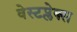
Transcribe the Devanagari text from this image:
वेस्टप्लेक्स